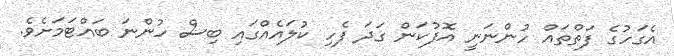
އެގަހުގެ ފަތްތައް ހުންނަނީ އޮފުކަން ގަދަ ފެހި ކުލައެއްގައި ބިސް ހުންނަ ބައްޓަމަށެވެ.